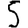
Digit: 5